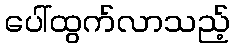
ပေါ်ထွက်လာသည့်